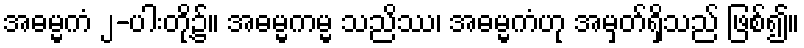
အဓမ္မကံ ၂-ပါးတို့၌။ အဓမ္မကမ္မ သညိဿ၊ အဓမ္မကံဟု အမှတ်ရှိသည် ဖြစ်၍။